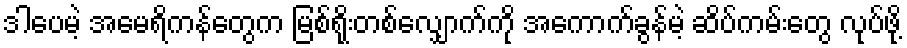
ဒါပေမဲ့ အမေရိကန်တွေက မြစ်ရိုးတစ်လျှောက်ကို အကောက်ခွန်မဲ့ ဆိပ်ကမ်းတွေ လုပ်ဖို့